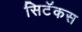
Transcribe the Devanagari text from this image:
सिटॅकस